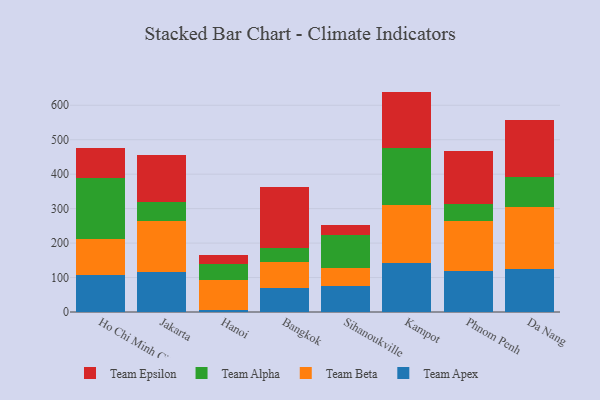
{"axis": {"x": "City", "y": "Conversion Rate (%)"}, "legend": ["Team Alpha", "Team Apex", "Team Beta", "Team Epsilon"], "data": [{"x": "Ho Chi Minh City", "y": 106.9, "type": "Team Apex"}, {"x": "Ho Chi Minh City", "y": 104.0, "type": "Team Beta"}, {"x": "Ho Chi Minh City", "y": 178.7, "type": "Team Alpha"}, {"x": "Ho Chi Minh City", "y": 86.4, "type": "Team Epsilon"}, {"x": "Jakarta", "y": 115.4, "type": "Team Apex"}, {"x": "Jakarta", "y": 148.4, "type": "Team Beta"}, {"x": "Jakarta", "y": 55.1, "type": "Team Alpha"}, {"x": "Jakarta", "y": 137.1, "type": "Team Epsilon"}, {"x": "Hanoi", "y": 6.2, "type": "Team Apex"}, {"x": "Hanoi", "y": 85.6, "type": "Team Beta"}, {"x": "Hanoi", "y": 48.3, "type": "Team Alpha"}, {"x": "Hanoi", "y": 24.6, "type": "Team Epsilon"}, {"x": "Bangkok", "y": 70.5, "type": "Team Apex"}, {"x": "Bangkok", "y": 75.5, "type": "Team Beta"}, {"x": "Bangkok", "y": 39.8, "type": "Team Alpha"}, {"x": "Bangkok", "y": 178.4, "type": "Team Epsilon"}, {"x": "Sihanoukville", "y": 76.8, "type": "Team Apex"}, {"x": "Sihanoukville", "y": 51.2, "type": "Team Beta"}, {"x": "Sihanoukville", "y": 94.5, "type": "Team Alpha"}, {"x": "Sihanoukville", "y": 30.4, "type": "Team Epsilon"}, {"x": "Kampot", "y": 142.6, "type": "Team Apex"}, {"x": "Kampot", "y": 168.5, "type": "Team Beta"}, {"x": "Kampot", "y": 164.3, "type": "Team Alpha"}, {"x": "Kampot", "y": 164.2, "type": "Team Epsilon"}, {"x": "Phnom Penh", "y": 118.8, "type": "Team Apex"}, {"x": "Phnom Penh", "y": 145.5, "type": "Team Beta"}, {"x": "Phnom Penh", "y": 49.3, "type": "Team Alpha"}, {"x": "Phnom Penh", "y": 154.6, "type": "Team Epsilon"}, {"x": "Da Nang", "y": 124.5, "type": "Team Apex"}, {"x": "Da Nang", "y": 179.7, "type": "Team Beta"}, {"x": "Da Nang", "y": 86.5, "type": "Team Alpha"}, {"x": "Da Nang", "y": 165.9, "type": "Team Epsilon"}]}